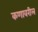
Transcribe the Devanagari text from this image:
कणावरील